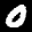
Label: 0